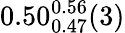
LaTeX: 0.50_{0.47}^{0.56}(3)